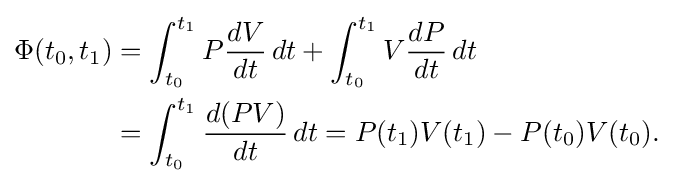
{\begin{aligned}\Phi (t_{0},t_{1})&=\int _{t_{0}}^{t_{1}}P{\frac {dV}{dt}}\,dt+\int _{t_{0}}^{t_{1}}V{\frac {dP}{dt}}\,dt\\&=\int _{t_{0}}^{t_{1}}{\frac {d(PV)}{dt}}\,dt=P(t_{1})V(t_{1})-P(t_{0})V(t_{0}).\end{aligned}}